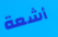
أشعة